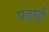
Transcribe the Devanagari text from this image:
पढ़ाईं